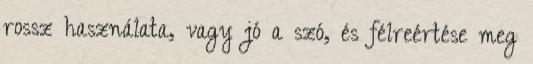
rossz használata, vagy jó a szó, és félreértése meg